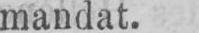
mandat.